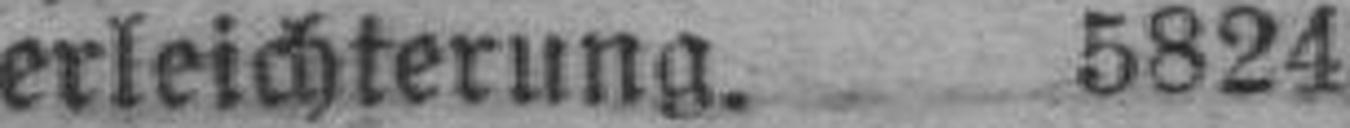
erleichterung. 5824